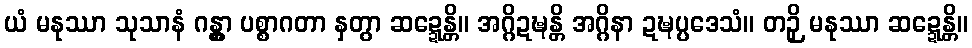
ယံ မနုဿာ သုသာနံ ဂန္တွာ ပစ္စာဂတာ နှတွာ ဆဍ္ဍေန္တိ။ အဂ္ဂိဍဍ္ဎန္တိ အဂ္ဂိနာ ဍဍ္ဎပ္ပဒေသံ။ တဉှိ မနုဿာ ဆဍ္ဍေန္တိ။